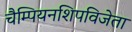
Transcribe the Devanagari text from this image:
चैम्पियनशिपविजेता